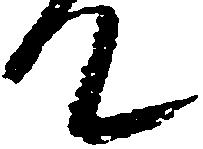
て